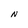
Character: N